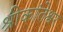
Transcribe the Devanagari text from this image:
श्रीकांतेश्वर